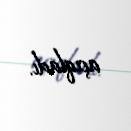
açıqladı.